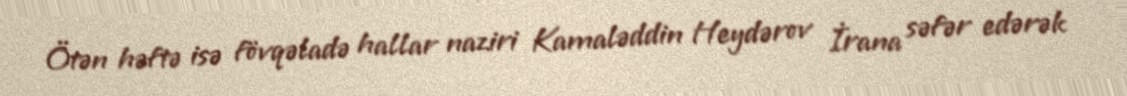
Ötən həftə isə fövqəladə hallar naziri Kamaləddin Heydərov İrana səfər edərək